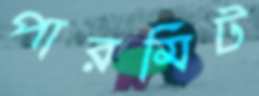
পারমিট